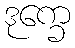
ဒုက္ခေ